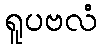
ရူပဗလံ